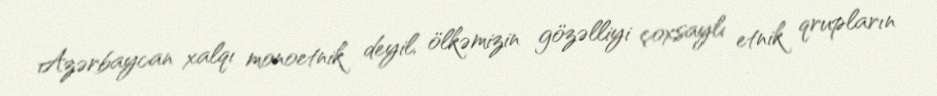
Azərbaycan xalqı monoetnik deyil, ölkəmizin gözəlliyi çoxsaylı etnik qrupların